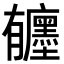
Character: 𪱰